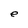
Character: e